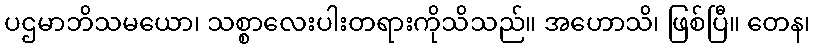
ပဌမာဘိသမယော၊ သစ္စာလေးပါးတရားကိုသိသည်။ အဟောသိ၊ ဖြစ်ပြီ။ တေန၊